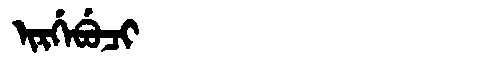
Manchu: ᡳᡵᡤᡝᠪᡠᠴᡳ
Romanization: IRGEBUCI